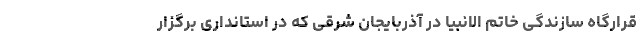
قرارگاه سازندگی خاتم الانبیا در آذربایجان شرقی که در استانداری برگزار